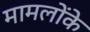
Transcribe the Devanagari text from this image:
मामलोंके